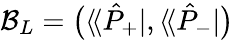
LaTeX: \mathcal{B}_{L}=\big(\langle\! \langle\hat{P}_{+}|,\langle\! \langle\hat{P}_{-}|\big)